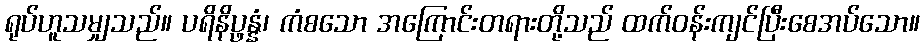
ရုပ်ဟူသမျှသည်။ ပရိနိပ္ဖန္နံ၊ ကံစသော အကြောင်းတရားတို့သည် ထက်ဝန်းကျင်ပြီးစေအပ်သော။